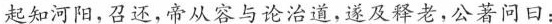
起知河阳，召还，帝从容与论治道，送及释老，公著问日：